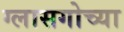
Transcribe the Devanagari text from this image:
ग्लासगोच्या